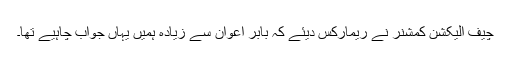
چیف الیکشن کمشنر نے ریمارکس دیئے کہ بابر اعوان سے زیادہ ہمیں یہاں جواب چاہیے تھا۔